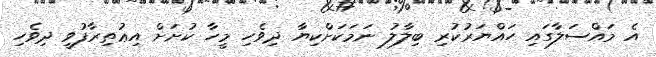
އެ މައްސަލާގައި ހައްޔަރުކުރި ބިލާލު ނަމަކަށްކިޔާ ދިވެހި މީހާ ކުށަށް އިޢުތިރާފުވީ ދިވެހި